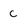
Character: c